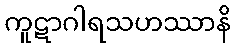
ကူဋာဂါရသဟဿာနိ